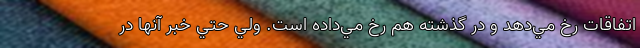
اتفاقات رخ مي‌دهد و در گذشته هم رخ مي‌داده است. ولي حتي خبر آنها در